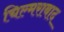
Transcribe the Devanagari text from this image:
चिल्मराबाद